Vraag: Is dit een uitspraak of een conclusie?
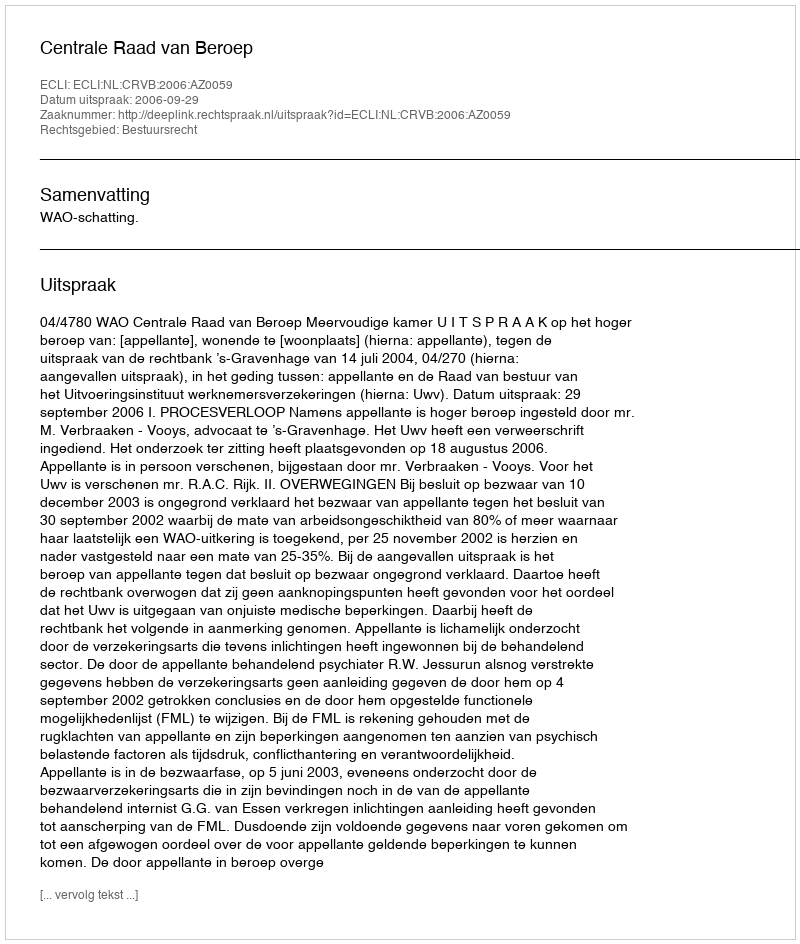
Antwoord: Uitspraak